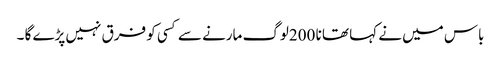
باس میں نے کہا تھا نا 200لوگ مارنے سے کسی کو فرق نہیں پڑے گا ۔